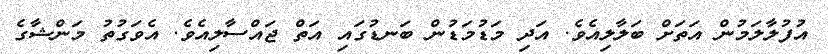
އުފުލާލަމުން އަތަށް ބަލާލިއެވެ. އަދި މަޑުމަޑުން ބަނޑުގައި އަތް ޖައްސާލިއެވެ. އެވަގުތު މަންޝާގެ